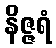
နိဇ္ဇရံ